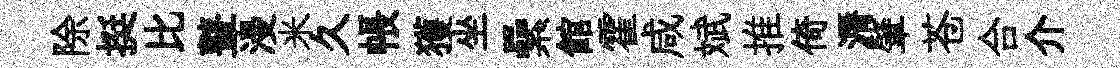
除挺比鼙漫米久帳獲坐纍館霍咸斌推倚漘肇苍合介